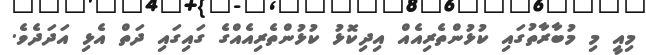
މިއީ މި މުބާރާތުގައި ކުޅުންތެރިއެއް އިދިކޮޅު ކުޅުންތެރިއެއްގެ ގައިގައި ދަތް އެޅި އަދަދެވެ.